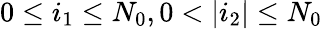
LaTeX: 0\leq i_{1}\leq N_{0},0<|i_{2}|\leq N_{0}